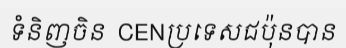
ទំនិញចិន  CENប្រទេសជប៉ុនបាន